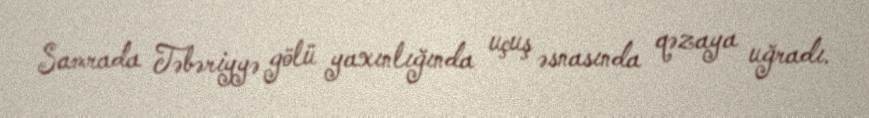
Samrada Təbəriyyə gölü yaxınlığında uçuş əsnasında qəzaya uğradı.